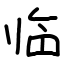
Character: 临